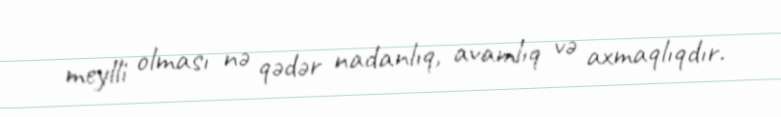
meylli olması nə qədər nadanlıq, avamlıq və axmaqlıqdır.